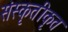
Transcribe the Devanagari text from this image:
संस्कृतीकृत